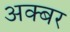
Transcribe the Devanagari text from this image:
अक्बर